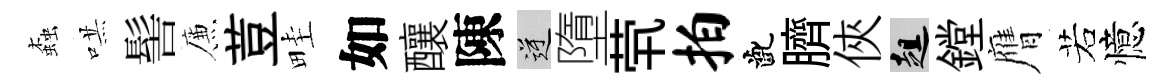
螙哄髻簾荳畦如釀陳逆墮茕拍齔臍俠趄鏜膺若憶